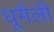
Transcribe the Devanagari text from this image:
धूमैली